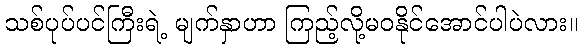
သစ်ပုပ်ပင်ကြီးရဲ့ မျက်နှာဟာ ကြည့်လို့မဝနိုင်အောင်ပါပဲလား။